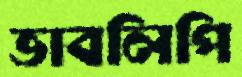
ভাবলিপি